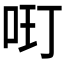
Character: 𱒘